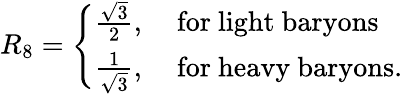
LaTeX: R_{8}=\left\{ \begin{array}{cl}{{\frac{\sqrt 3}{2},}}&{{\mathrm{~for~light~baryons}}}\\ {{\frac{1}{\sqrt 3},}}&{{\mathrm{~for~heavy~baryons}.}}\end{array}\right.